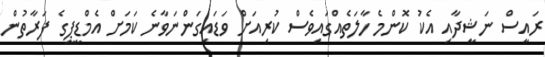
ރައީސް ނަޝީދާއި އެކު ކޮންމެ ހާލަތެއްގައިވެސް ކުރިއަށް ވަޑައިގަންނަވާނެ ކަމަށް އެމްޑީޕީގެ ފަރާތުން